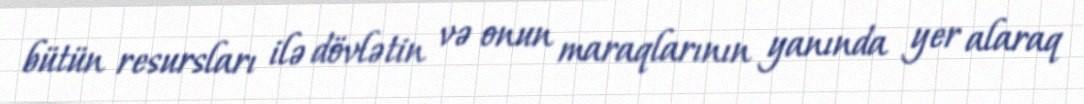
bütün resursları ilə dövlətin və onun maraqlarının yanında yer alaraq